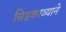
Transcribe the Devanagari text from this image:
सिडकाव्याने